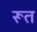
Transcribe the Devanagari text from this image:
रूत